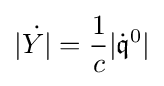
|{\dot {Y|}}={\frac {1}{c}}|{\dot {\mathfrak {q}}}^{0}|